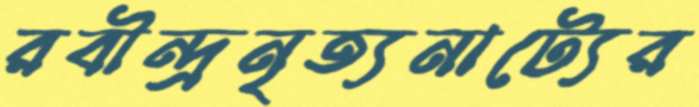
রবীন্দ্রনৃত্যনাট্যের